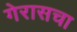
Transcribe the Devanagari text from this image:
गेरासचा